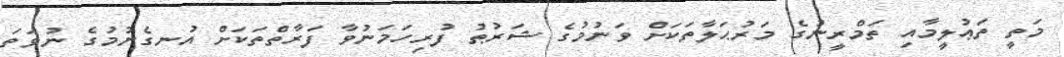
މަތީ ތަޢުލީމާއި ތަމްރީނުގެ މަރުޙަލާތަކަށް ވަނުމުގެ ޝަރުޠު ފުރިހަމަނުވާ ފަރާތްތަކަށް އުނގެނުމުގެ ނުވަތަ